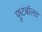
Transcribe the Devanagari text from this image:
फुटबॉलव